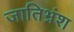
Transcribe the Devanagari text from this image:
जातिभ्रंश